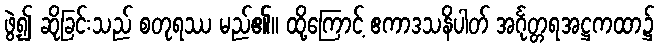
ဖွဲ့၍ ဆိုခြင်းသည် စတုရဿ မည်၏။ ထို့ကြောင့် ဧကာဒသနိပါတ် အင်္ဂုတ္တရအဋ္ဌကထာ၌